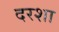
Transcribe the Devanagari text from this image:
दरशा